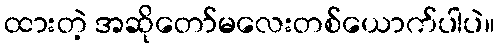
ထားတဲ့ အဆိုတော်မလေးတစ်ယောက်ပါပဲ။